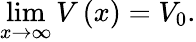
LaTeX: \operatorname*{lim}_{x\rightarrow\infty}V\left(x\right)=V_{0}.